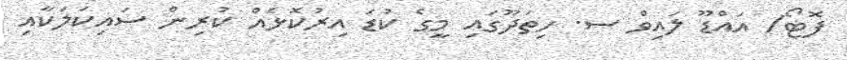
ފޮޓޯ/ އައްޑޫ ލައިވް ސ. ހިތަދޫގައި މީގެ ކުޑަ އިރުކޮޅެއް ކުރިން ސައިކަލަކާއި